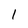
Character: 1